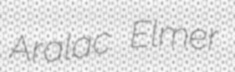
Aralac Elmer